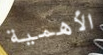
الأهمية